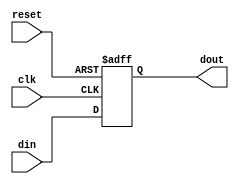
module SynchronousRegister #(parameter WIDTH = 8) (
    input wire clk,         // Clock input
    input wire reset,       // Reset input (active high)
    input wire [WIDTH-1:0] din, // Data input
    output reg [WIDTH-1:0] dout // Data output
);

// Always block triggered on the rising edge of the clock
// and sensitivity to the reset signal
always @(posedge clk or posedge reset) begin
    // If reset is active, set output to zero
    if (reset) begin
        dout <= {WIDTH{1'b0}}; // Reset output to zero (WIDTH bits)
    end else begin
        dout <= din; // Capture data on the rising edge of clock
    end
end

endmodule